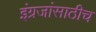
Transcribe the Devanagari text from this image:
इंग्रजांसाठीच